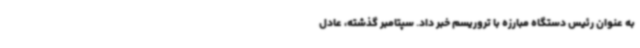
به عنوان رئیس دستگاه مبارزه با تروریسم خبر داد. سپتامبر گذشته، عادل